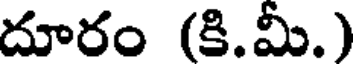
దూరం (కి.మీ.)